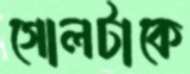
গোলটাকে